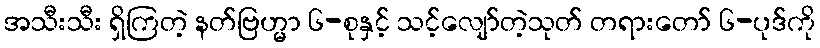
အသီးသီး ရှိကြတဲ့ နတ်ဗြဟ္မာ ၆-စုနှင့် သင့်လျော်တဲ့သုတ် တရားတော် ၆-ပုဒ်ကို